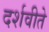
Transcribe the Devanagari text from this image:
दर्शवीते